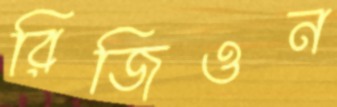
রিজিওন